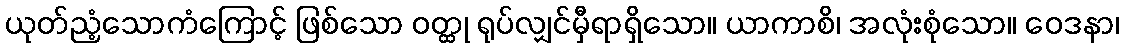
ယုတ်ညံ့သောကံကြောင့် ဖြစ်သော ဝတ္ထု ရုပ်လျှင်မှီရာရှိသော။ ယာကာစိ၊ အလုံးစုံသော။ ဝေဒနာ၊